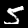
Digit: 5